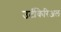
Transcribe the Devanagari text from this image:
उर्टीकेरिअल